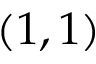
( 1 , 1 )